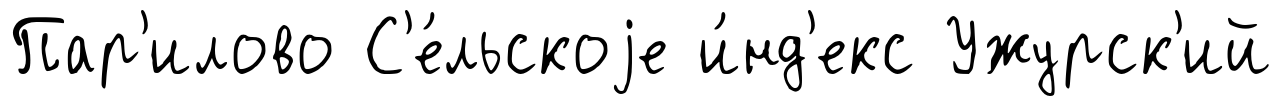
Пар'илово С'е́льскоjе и́нд'екс Ужурск'ий